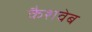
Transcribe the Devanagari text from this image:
कैशवेब